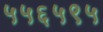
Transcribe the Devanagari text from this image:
५५६५९५